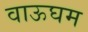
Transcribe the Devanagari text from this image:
वाऊघम